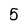
Character: 5